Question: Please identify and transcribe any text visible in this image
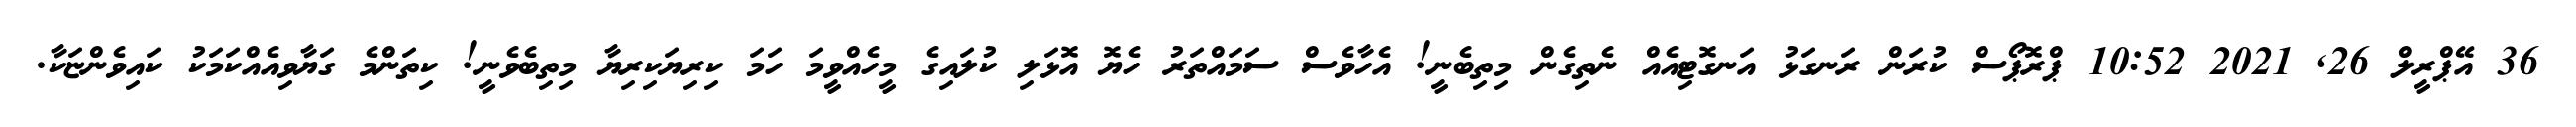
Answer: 36 އޭޕްރީލް 26, 2021 10:52 ޕްރޮޕޯސް ކުރަން ރަނގަޅު އަނގޮޓިއެއް ނެތިގެން މިތިބެނީ! އެހާވެސް ސަމައްތަރު ހެޔޮ އޮޅަލި ކުލައިގެ މީހެއްވީމަ ހަމަ ކިރިޔަކިރިޔާ މިތިބެވެނީ! ކިތަންމެ ގަޔާވިއެއްކަމަކު ކައިވެންޏަކާ.